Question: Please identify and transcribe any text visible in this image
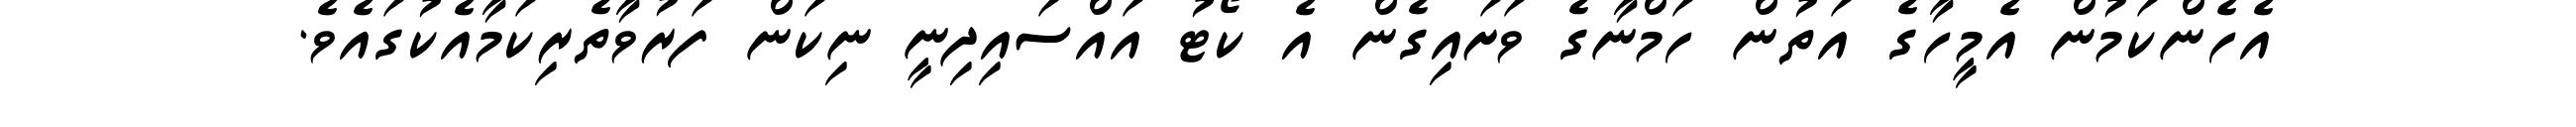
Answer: އެހެންކަމުން އެމީހާގެ އަތުން ހަމްނާގެ ވަށައިގެން އެ ކޯޓު އައްސައިދިނީ ނިކަން ފަރުވާތެރިކަމާއެކުގައެވެ.